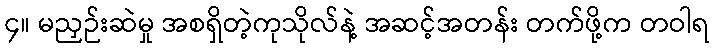
၄။ မညှဉ်းဆဲမှု အစရှိတဲ့ကုသိုလ်နဲ့ အဆင့်အတန်း တက်ဖို့က တဝါရ